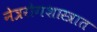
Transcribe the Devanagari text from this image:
नेत्ररोगशास्त्रात